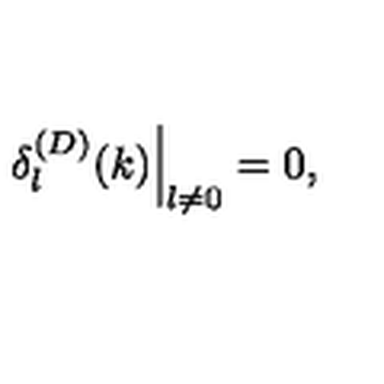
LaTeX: \left. \delta _ { l } ^ { ( D ) } ( k ) \right| _ { l \neq 0 } = 0 ,